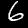
Label: 6